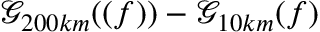
\mathcal { G } _ { 2 0 0 k m } ( ( f ) ) - \mathcal { G } _ { 1 0 k m } ( f )